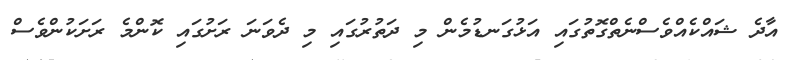
އާދެ ޝައްކެއްވެސްނެތްގޮތުގައި އަޅުގަނޑުމެން މި ދަތުރުގައި މި ދެވަނަ ރަށުގައި ކޮންމެ ރަށަކުންވެސް